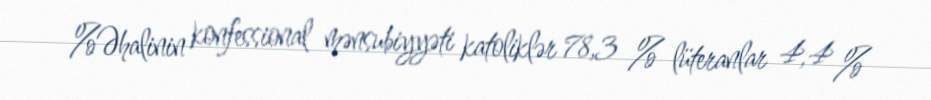
%Əhalinin konfessional mənsubiyyəti katoliklər 78,3 % lüteranlar 4,4 %